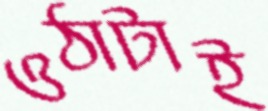
ওঠাটাই